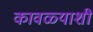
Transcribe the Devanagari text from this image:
कावळ्याशी